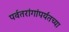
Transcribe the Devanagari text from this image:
पर्वतरांगांपर्यंतच्या